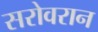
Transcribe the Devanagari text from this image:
सरोवरान